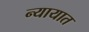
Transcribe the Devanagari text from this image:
न्यायात